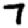
Digit: 7